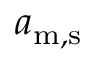
a _ { \mathrm { m , s } }